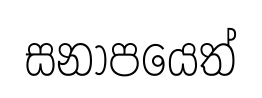
සනාපයෙත්